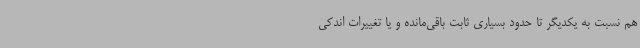
هم نسبت به یکدیگر تا حدود بسیاری ثابت باقی‌مانده و یا تغییرات اندکی